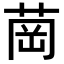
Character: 𦱌